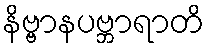
နိဗ္ဗာနပဗ္ဘာရာတိ